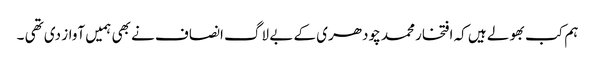
ہم کب بھولے ہیں کہ افتخار محمد چودھری کے بے لاگ انصاف نے بھی ہمیں آواز دی تھی ۔